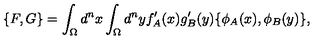
\{ F , G \} = \int _ { \Omega } d ^ { n } x \int _ { \Omega } d ^ { n } y f _ { A } ^ { \prime } ( x ) g _ { B } ^ { \prime } ( y ) \{ \phi _ { A } ( x ) , \phi _ { B } ( y ) \} ,